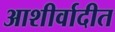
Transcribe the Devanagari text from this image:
आशीर्वादीत